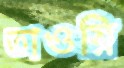
তাওয়ি